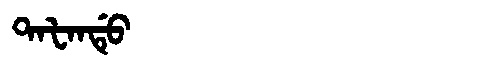
Manchu: ᡨᠠᡶᠠᠨᡩᡠ
Romanization: TAFANDU